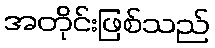
အတိုင်းဖြစ်သည်